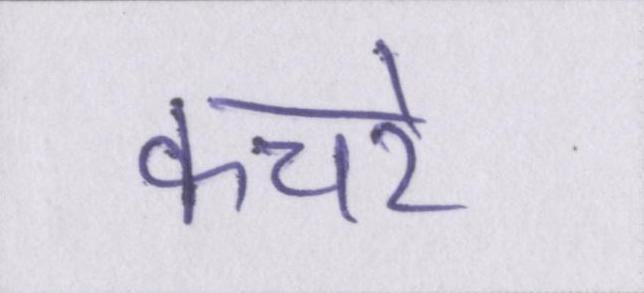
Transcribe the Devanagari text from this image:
कचरे